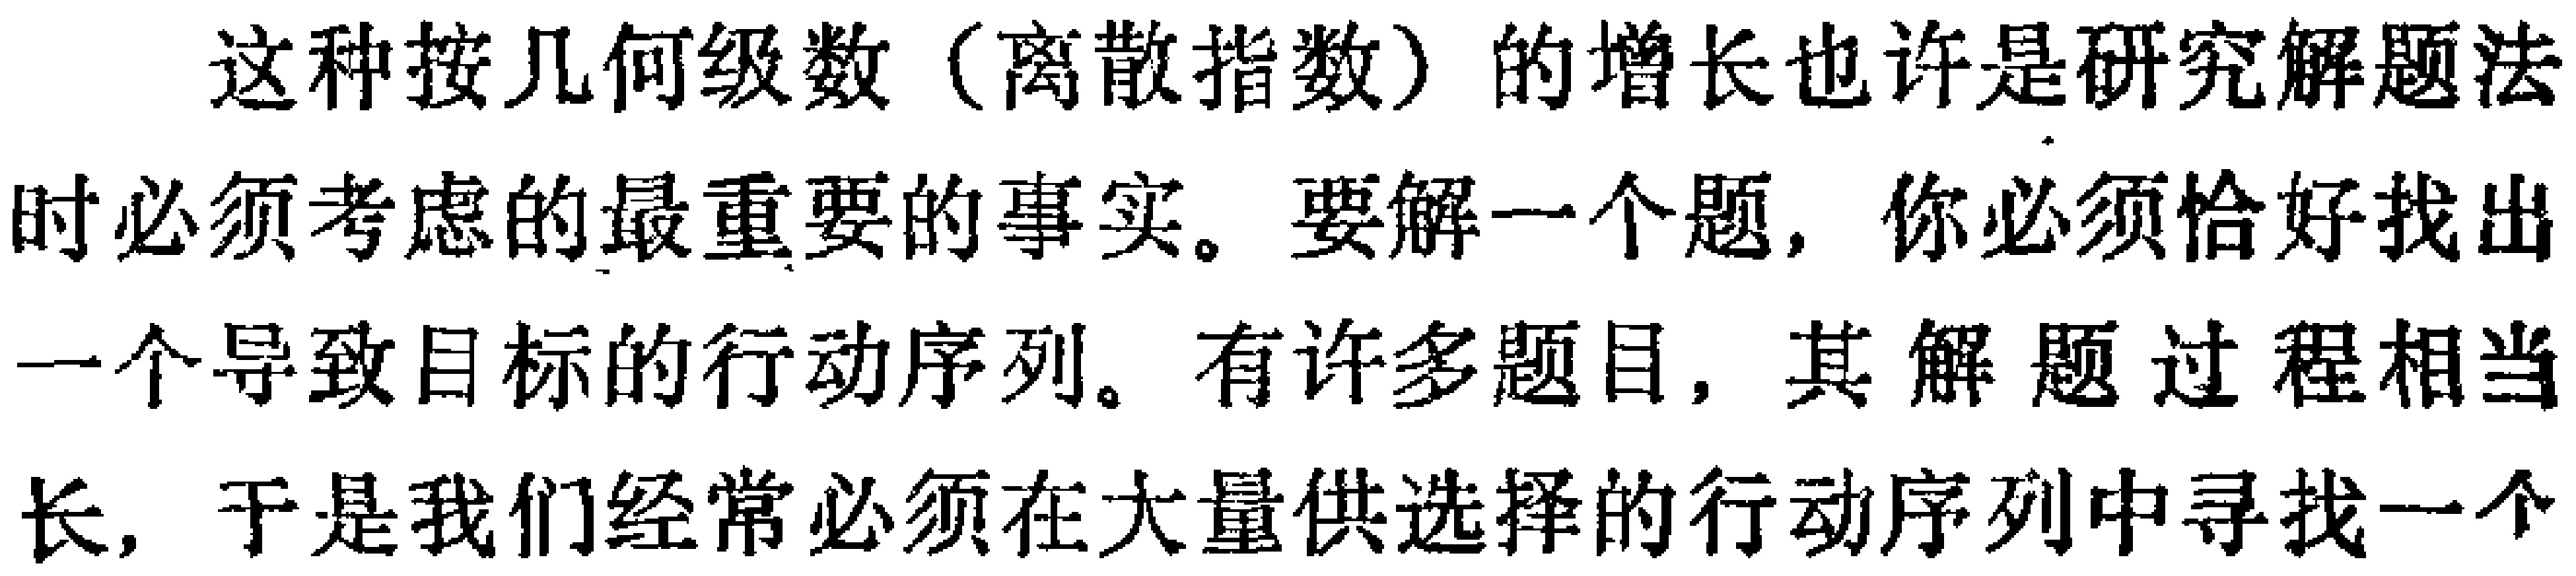
这种按几何级数（离散指数）的增长也许是研究解题法时必须考虑的最重要的事实。要解一个题，你必须恰好找出一个导致目标的行动序列。有许多题目，其解题过程相当长，于是我们经常必须在大量供选择的行动序列中寻找一个